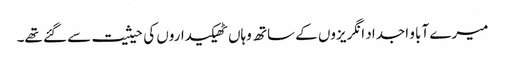
میرے آبا و اجداد انگریزوں کے ساتھ وہاں ٹھیکیداروں کی حیثیت سے گئے تھے۔